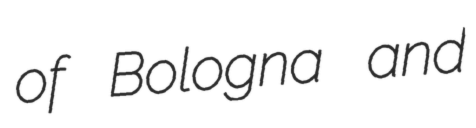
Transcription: of Bologna and